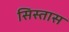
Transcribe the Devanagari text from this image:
सिस्तास